Annual administration and progress report of the Indian Medical Department, Bombay
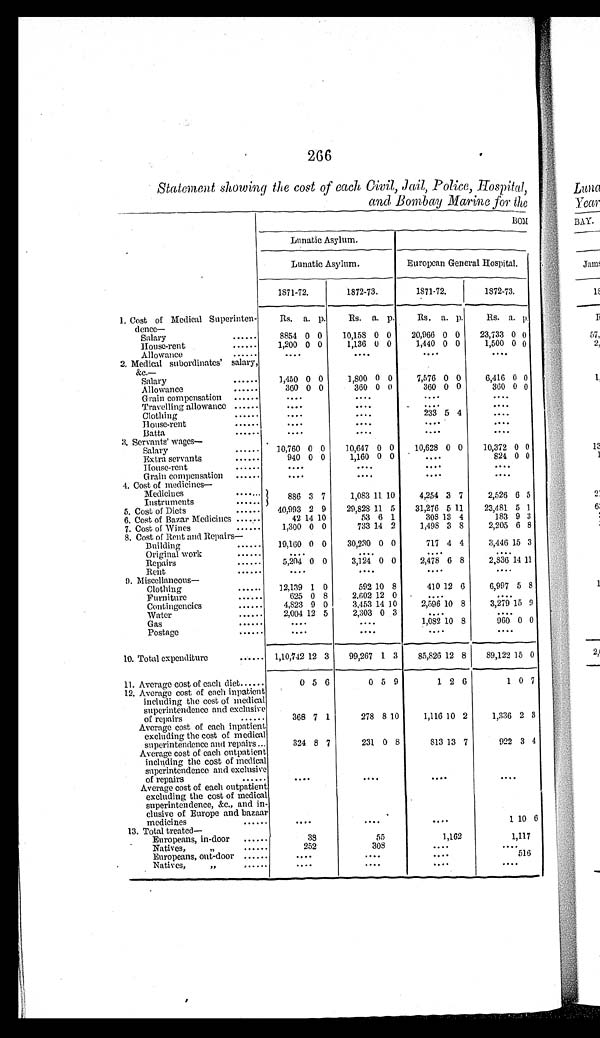
266
Statement showing the cost of each Civil, Jail, Police, Hospital,
a and Bombay Marin e for the
B O M
Lunatic Asylum.
Lunatic Asylum.
European General Hospital.
1871-72.
1872-73.
1871-72.
1872- 73.
1. Cost of Medical Superinten-
d e n c c —
Rs. a. p.
Rs. a. p.
Rs. a. p.
Rs. a. p .
Salary
......
8854 0 0
10,158 0 0 20,966 0 0 23,733 0 0
House-rent . . . . . . 1,200 0 0
1,136 0 0
1,440 0 0
1,500 0 0
Allowance
......
. . . .
. . . .
. . . .
. . . .
2. Medical subordinates' salary,
& c . —
Salary
...... 1,450 0 0
1,800 0 0
7,576 0 0
6,416 0 0
Allowance
......
360 0 0
360 0 0
360 0 0
360 0 0
Grain compensation ......
. . . .
. . . .
. . . .
. . . .
Travelling allowance ......
. . . .
. . . .
. . . .
. . . .
Clothing
......
. . . .
. . . .
233 5 4
. . . .
House-rent . . . . . .
. . . .
. . . .
. . . .
. . . .
Bathe
.....
. . . .
. . . .
. . . .
. . . .
3. Servants' wages
—
Salary
.....
10,760 0 0
10,647 0 0
10,628 0 0
10,372 0 0
Extra servants
......
940 0 0
1,160 0 0
. . . .
824 0 0
House-rent . . . . .
. . . .
. . . .
. . . .
. . . .
Grain compensation ......
. . . .
. . . .
. . . .
. . . .
4. Cost of medicines-
. . . .
. . . .
. . . .
. . . .
Medicines
. . . . . . .
886 3 7
1,083 11 10
4,254 3 7
2,526 6 5
Instruments
.....
5. Cost of Diets
.....
40,993 2 9
29,828 11 5 31,276 5 11
23,481 5 1
6. Cost of Bazar Medicines ......
42 1 4 10
53 6 1
308 13 4
183 9 3
7. Cost of Wines
.....
1,300 0 0
733 14 2
1,498 3 8
2,205 6 8
8. Cost of Rent and Repairs
—
Building
....
19,160 0 0
30,230 0 0
717 4 4
3,446 1 5 3
Original work
......
. . . .
. . . .
. . . .
. . . .
Repairs
.....
5,204 0 0
3,124 0 0
2,478 6 8
2,836 14 11
Rent
......
. . . .
. . . .
. . . .
. . . .
9. Miscellaneous-
Clothing
.....
12,139 1 0
592 10 8
410 12 6
6,997 5 8
Furniture
.....
625 0 8
2.602 12 0
. . . .
. . . .
Contingencies
.....
4,823 9 0
3,453 14 10
2,596 1 0 8
3,279 15 9
Water
.....
2,004 12 5
2,303 0 3
. . . .
. . . .
Gas
....
. . . .
. . . .
1,082 10 8
960 0 0
Postage
......
....
....
....
....
10. Total expenditure
. . . . . . 1,10,742 12 3 99,267 1 3 85,826 12 8 89,122 15 0
11. Average cost of each diet......
0 5 6
0 5 9
1 2 6
1 0 7
12. Average cost of each inpatient
including the cost of medical
superintendence and exclusive
of repairs
......
368 7 1
278 8 10
1,116 10 2
1,336 2 3
Average cost of each inpatient.
excluding the cost of medical
superintendence and repairs ...
324 8 7
231 0 8
813 13 7
922 3 4
Average cost of each outpatient
including the cost of medical
superintendence and exclusive
of repairs
......
....
....
....
. . . .
Average cost of each outpatient
excluding the cost of medical
superintendence, &c., and in -
clusive of Europe and bazaar
medicines
......
. . . .
. . . .
....
1 10 6
13. Total treated-
Europeans, in-door ......
38
55
1,162
1,117
Natives,
" . . . . . .
252
3 0 8
. . . .
. . . .
Europeans, out-door . . . . . .
. . . .
. . . .
. . . .
516
Natives,
,,
......
. . . .
. . . .
. . . .
. . . .